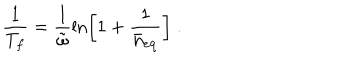
\frac { 1 } { T _ { f } } = \frac { 1 } { \tilde { \omega } } \ln \left[ 1 + \frac { 1 } { \bar { n } _ { \mathrm { e q } } } \right] \; .